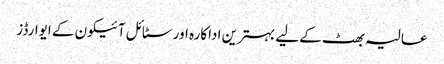
عالیہ بھٹ کے لیے بہترین اداکارہ اور سٹائل آئیکون کے ایوارڈز